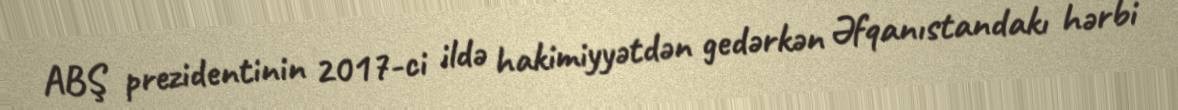
ABŞ prezidentinin 2017-ci ildə hakimiyyətdən gedərkən Əfqanıstandakı hərbi